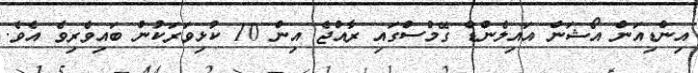
އިންޑިއަން އޯޝަން އައިލެންޑް ގޭމްސްގައި ރާއްޖެ އިން 10 ކުޅިވަރަކުން ބައިވެރިވެ އެވެ.